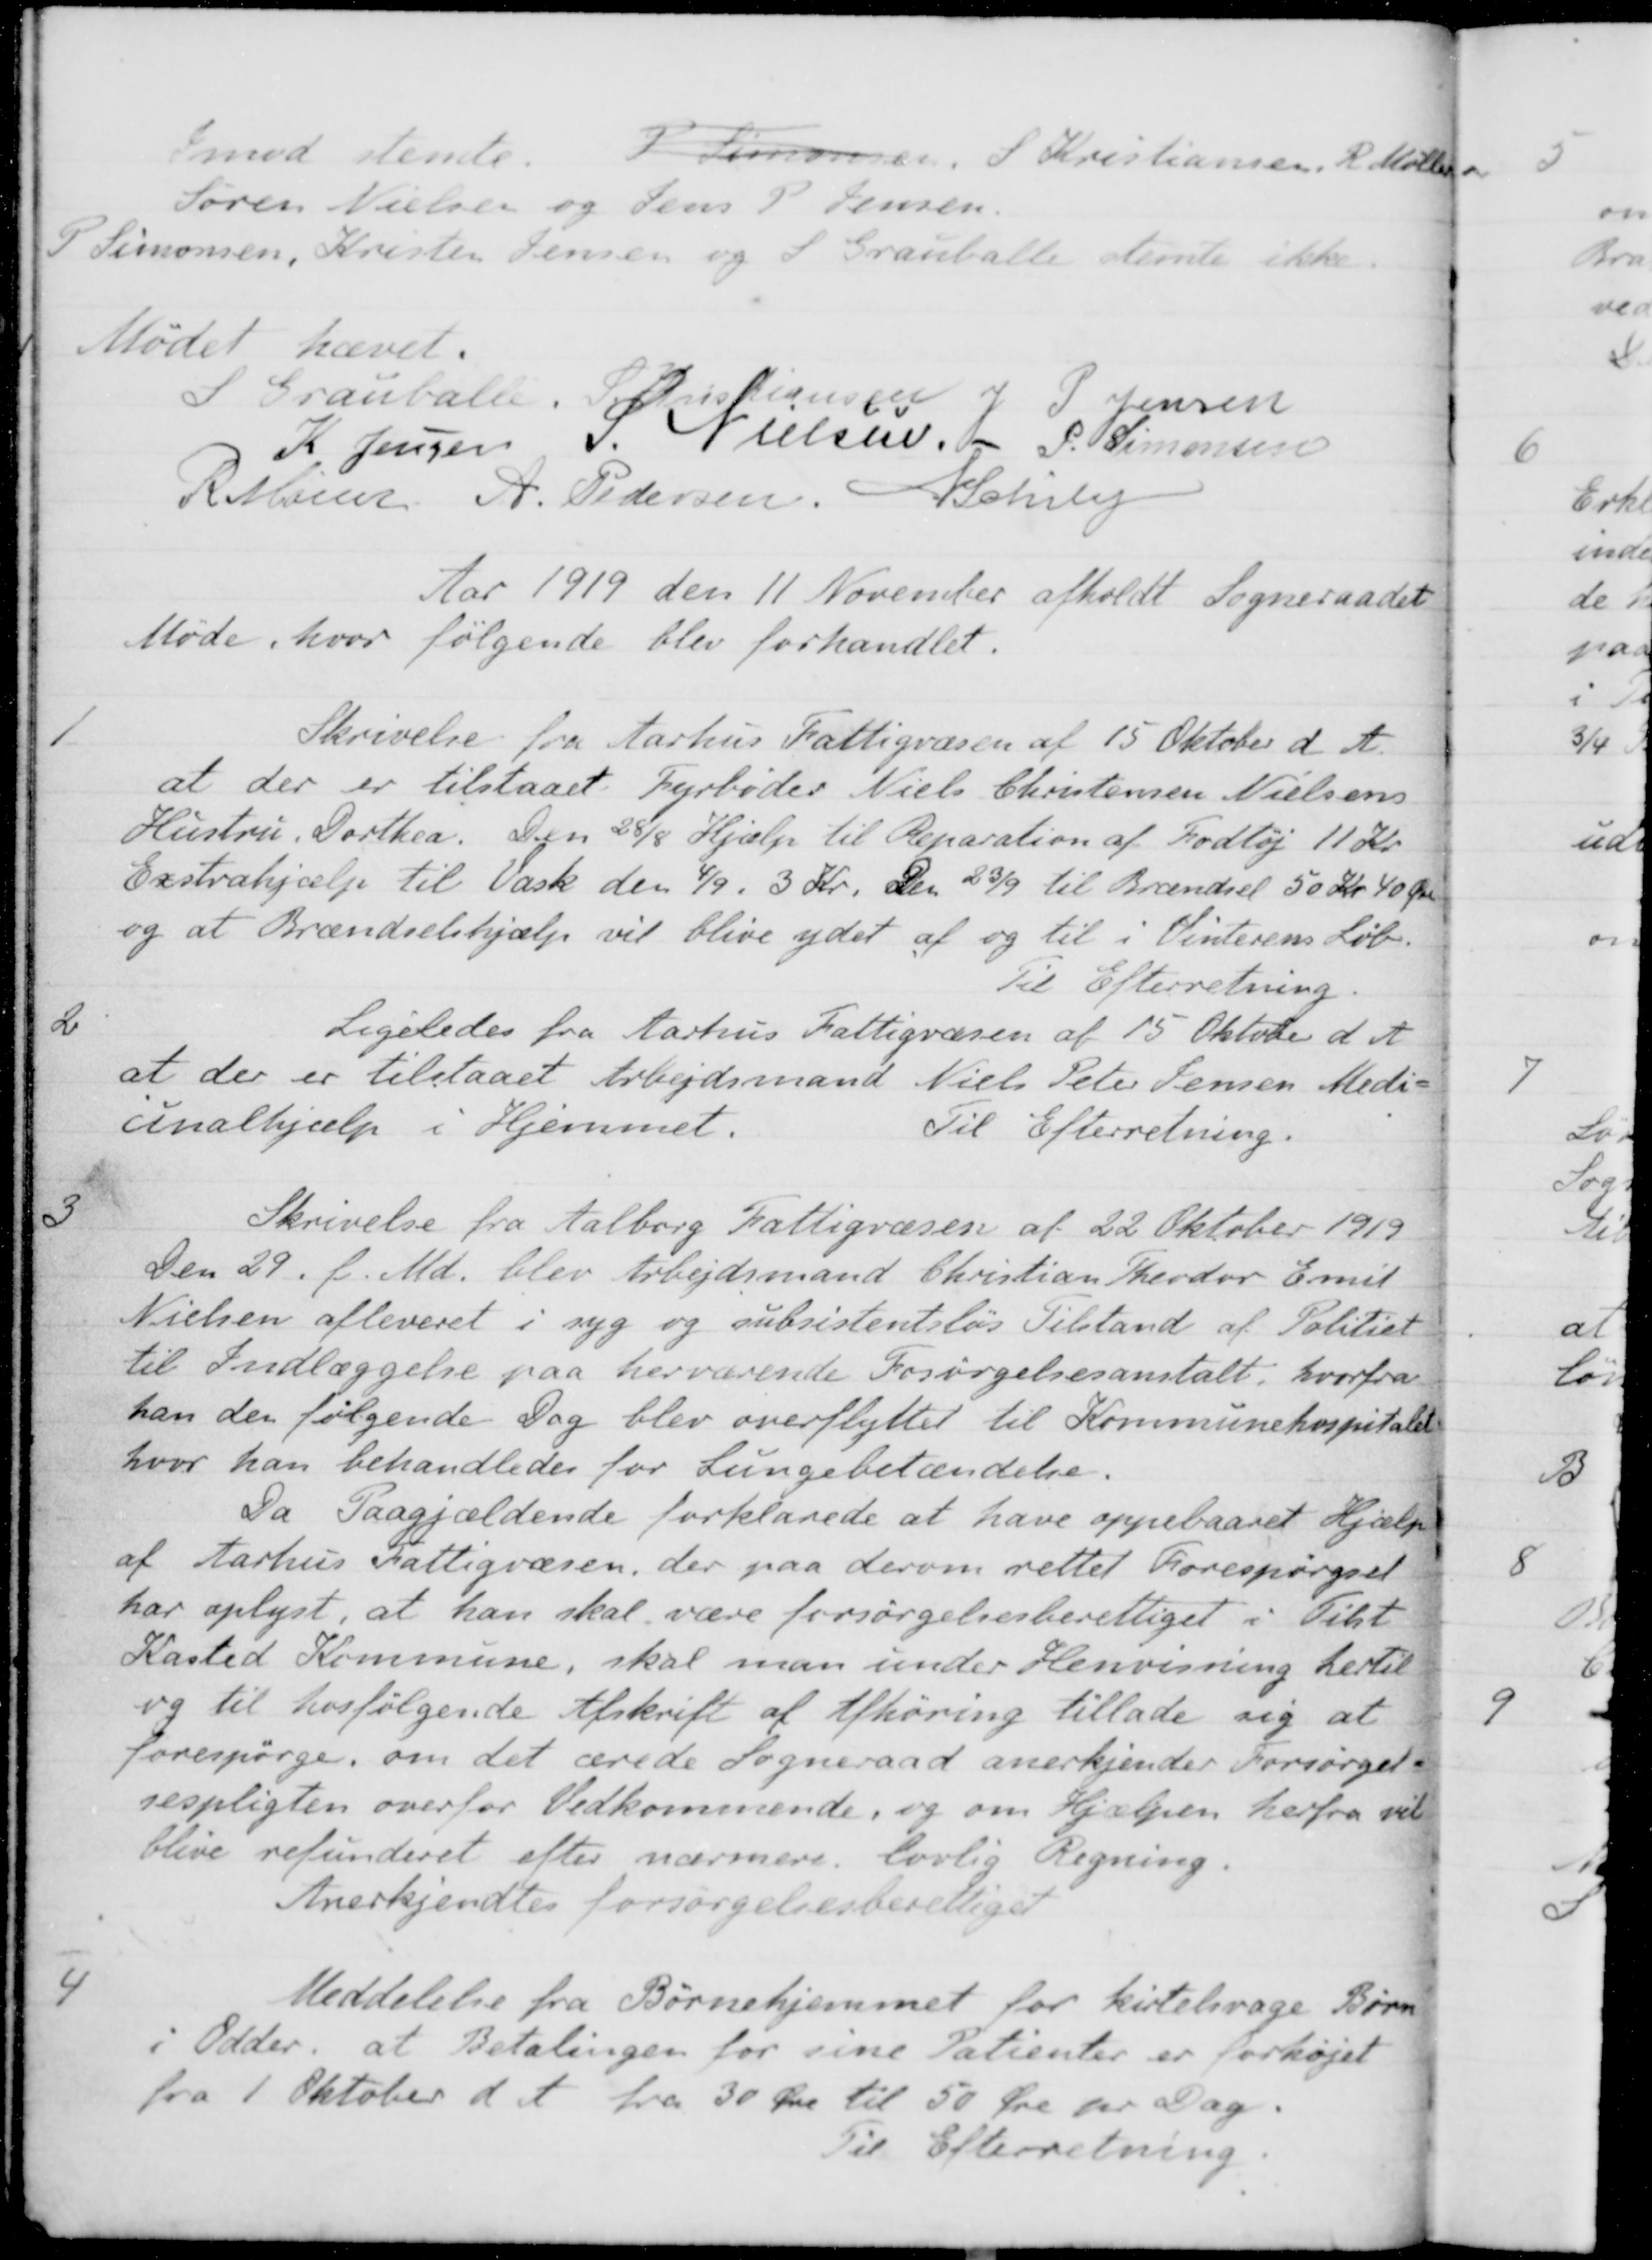
Transskription:
Imod stemte
P Simonsen S Kristiansen, R. Møller
Søren Nielsen og Jens P. Jensen.
P Simonsen, Kristen Jensen og S. Grauballe stemte ikke.
Mødet hævet.
S Grauballe. 
S Kristiansen
J P Jensen
K. Jensen
S. Nielsen
P. Simonsen
R Møller
A. Pedersen
N Schiby
Aar 1919 den 11 November afholdt Sogneraadet
Møde, hvor følgende blev forhandlet.
1
Skrivelse fra Aarhus Fattigvæsen af 15 Oktober d. A.
at der er tilstaaet Fyrbøder Niels Christensen Nielsens
Hustru. Dorthea. Den 28/8 Hjælp til Reparation af Fodtøj 11 Kr.
Exstrahjælp til Vask den 4/9. 3 Kr. den 23/9 til Brændsel 50 Kr. 40 Øre
og at Brændselshjælp vil blive ydet af og til i Vinterens Løb.
Til Efterretning.
2
Ligeledes fra Aarhus Fattigvæsen af 15 Oktober d. A
at der er tilstaaet Arbejdsmand Niels Peter Jensen Medi-
cinalhjælp i Hjemmet.
Til Efterretning.
3
Skrivelse fra Aalborg Fattigvæsen af 22 Oktober 1919
Den 29. f. Md. blev Arbejdsmand Christian Theodor Emil
Nielsen afleveret i syg og subsistentsløs Tilstand af Politiet
til Indlæggelse paa herværende Forsørgelsesanstalt, hvorfra
han der følgende Dag blev overflyttet til Kommunehospitalet
hvor han behandledes for Lungebetændelse.
Da Paagjældende forklarede at have oppebaaret Hjælp
af Aarhus Fattigvæsen, der paa derom rettet forespørgsel
har oplyst, at han skal være forsørgelsesberettiget i Tilst
Kasted Kommune, skal man under Henvisning hertil
og til hosfølgende Afskrift af Afhøring tillade sig at
forespørge, om det ærede Sogneraad anerkjender Forsørgel-
sespligten overfor Vedkommende, og om Hjælpen herfra vil
blive refunderet efter nærmere lovlig Regning.
Anerkjendtes forsørgelsesberettiget
4
Meddelelse fra Børnehjemmet for kirtelsvage Børn
i Odder, at Betalingen for sine Patienter er forhøjet
fra 1 Oktober d A fra 30 Øre til 50 Øre pr. Dag.
Til Efterretning